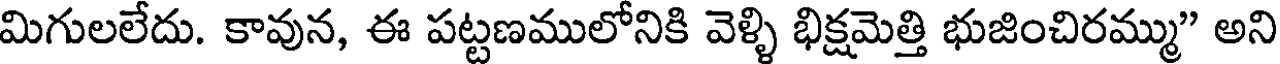
మిగులలేదు. కావున, ఈ పట్టణములోనికి వెళ్ళి భిక్షమెత్తి భుజించిరమ్ము" అని